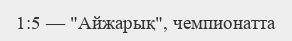
1:5 — "Айжарық", чемпионатта